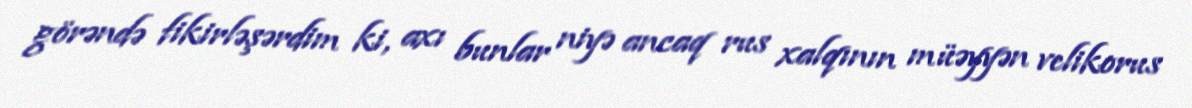
görəndə fikirləşərdim ki, axı bunlar niyə ancaq rus xalqının müəyyən velikorus